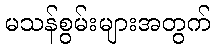
မသန်စွမ်းများအတွက်